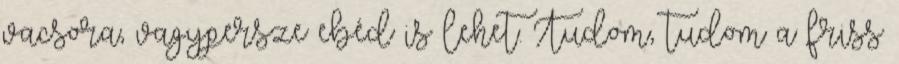
vacsora, vagypersze ebéd is lehet. Tudom, tudom a friss